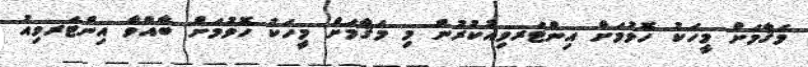
މަޤާމަށް މީހަކު ހޮވުމަށް އިންޓަރވިއުކުރުން މި މަޤާމަށް މީހަކު ހޮވުމަށް ބާއްވާ އިންޓަރވިއު